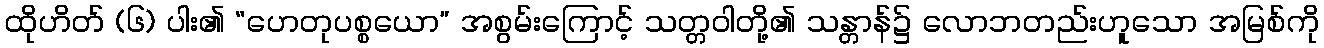
ထိုဟိတ် (၆) ပါး၏ “ဟေတုပစ္စယော” အစွမ်းကြောင့် သတ္တဝါတို့၏ သန္တာန်၌ လောဘတည်းဟူသော အမြစ်ကို